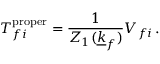
T _ { f i } ^ { \mathrm { p r o p e r } } = \frac { 1 } { Z _ { 1 } ( \underline { { { k } } } _ { f } ) } V _ { f i } \, .